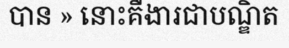
បាន » នោះគឺងារជាបណ្ឌិត